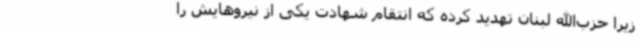
زیرا حزب‌الله لبنان تهدید کرده که انتقام شهادت یکی از نیروهایش را